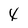
Character: 4